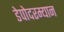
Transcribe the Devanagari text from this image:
डेपोदरम्यान